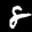
Label: 8